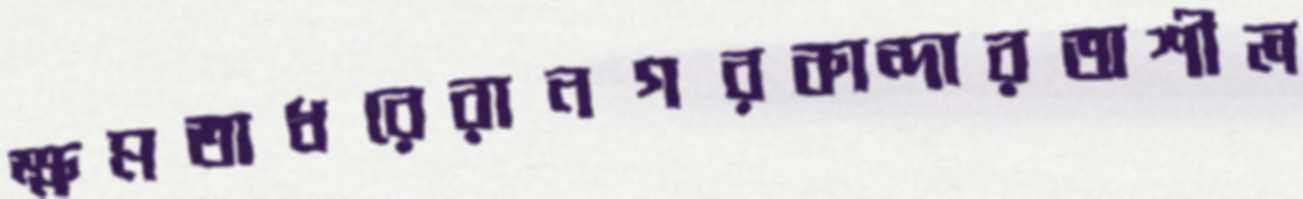
ক্ষমতাধরেরানগরকান্দারঅশীল